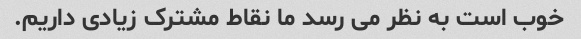
خوب است به نظر می رسد ما نقاط مشترک زیادی داریم.